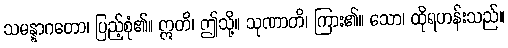
သမန္နာဂတော၊ ပြည့်စုံ၏။ ဣတိ၊ ဤသို့။ သုဏာတိ၊ ကြား၏။ သော၊ ထိုရဟန်းသည်။